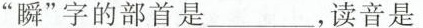
”瞬”字的部首是___，读音是